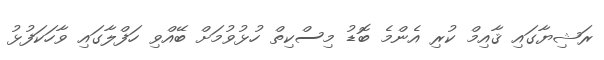
ރަޝިޔާގައި ޤާއިމް ކުރި އެންމެ ބޮޑު މިސްކިތް ހުޅުވުމަށް ބޭއްވި ހަފްލާގައި ވާހަކަފުޅު